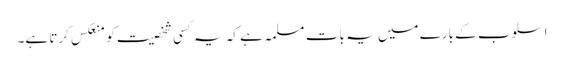
اسلوب کے بارے میں یہ بات مسلمہ ہے کہ یہ کسی شخصیت کو منعکس کرتا ہے۔